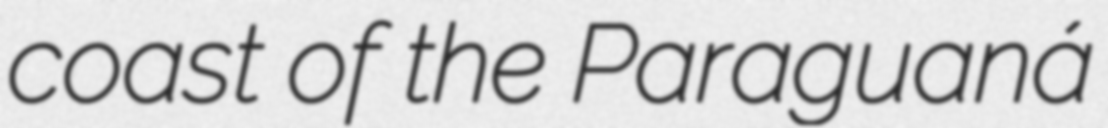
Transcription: coast of the Paraguaná